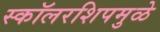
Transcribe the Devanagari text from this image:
स्कॉलरशिपमुळे